Insane asylums in Bengal annual reports 1876-1887 - 1876-1887
Year: 1876
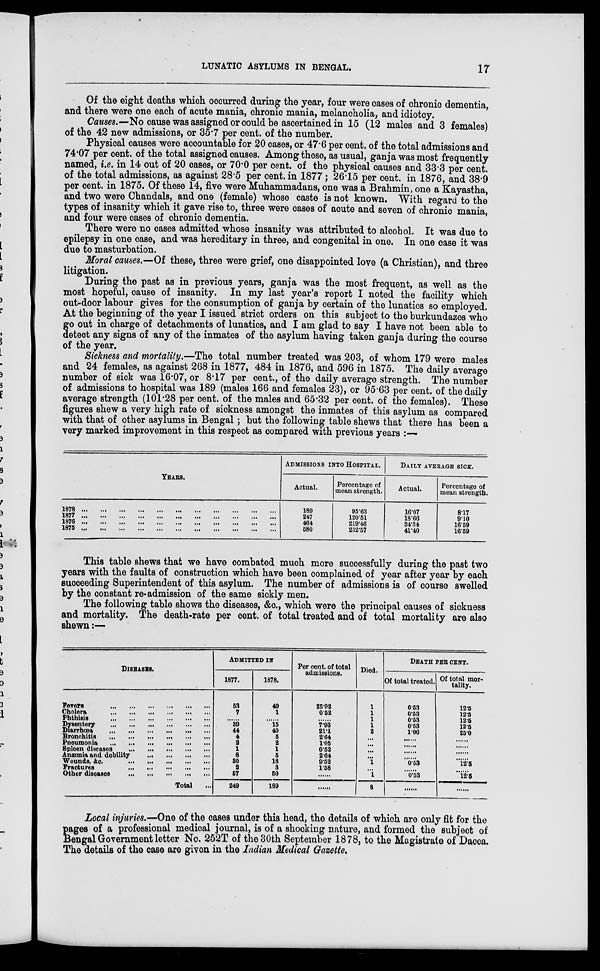
LUNATIC ASYLUMS IN BENGAL.
17
Of the eight deaths which occurred during the year, four were cases of chronic dementia,
and there were one each of acute mania, chronic mania, melancholia, and idiotcy.
Causes.—No cause was assigned or could be ascertained in 15 (12 males and 3 females)
of the 42 new admissions, or 35.7 per cent. of the number.
Physical causes were accountable for 20 cases, or 47.6 per cent. of the total admissions and
74.07 per cent. of the total assigned causes. Among these, as usual, ganja was most frequently
named, i.e. in 14 out of 20 cases, or 70.0 per cent. of the physical causes and 33.3 per cent.
of the total admissions, as against 28.5 per cent. in 1877; 26.15 per cent. in 1876, and 38.9
per cent. in 1875. Of these 14, five were Muhammadans, one was a Brahmin, one a Kayastha,
and two were Chandals, and one (female) whose caste is not known. With regard to the
types of insanity which it gave rise to, three were cases of acute and seven of chronic mania,
and four were cases of chronic dementia.
There were no cases admitted whose insanity was attributed to alcohol. It was due to
epilepsy in one case, and was hereditary in three, and congenital in one. In one case it was
due to masturbation.
Moral causes.—Of these, three were grief, one disappointed love (a Christian), and three
litigation.
During the past as in previous years, ganja was the most frequent, as well as the
most hopeful, cause of insanity. In my last year's report I noted the facility which
out-door labour gives for the consumption of ganja by certain of the lunatics so employed.
At the beginning of the year I issued strict orders on this subject to the burkundazes who
go out in charge of detachments of lunatics, and I am glad to say I have not been able to
detect any signs of any of the inmates of the asylum having taken ganja during the course
of the year.
Sickness and mortality.—The total number treated was 203, of whom 179 were males
and 24 females, as against 268 in 1877, 484 in 1876, and 596 in 1875. The daily average
number of sick was 16.07, or 8.17 per cent., of the daily average strength. The number
of admissions to hospital was 189 (males 166 and females 23), or 95.63 per cent. of the daily
average strength (101.28 per cent. of the males and 65.32 per cent. of the females). These
figures shew a very high rate of sickness amongst the inmates of this asylum as compared
with that of other asylums in Bengal; but the following table shews that there has been a
very marked improvement in this respect as compared with previous years :—
YEARS.
1878
...
...
...
...
...
...
...
...
...
1877
...
...
...
...
...
...
...
...
...
1876
...
...
...
...
...
...
...
...
...
1875
...
...
...
...
...
...
...
...
...
ADMISSIONS INFO HOSPITAL.
Actual.
189
247
464
580
Percentage of
mean strength.
95.63
120.51
219.46
232.57
DAILY AVERAGE SICK.
Actual.
16.07
18.66
34.34
41.40
Percentage of
mean strength.
8.17
9.10
16.59
16.59
This table shews that we have combated much more successfully during the past two
years with the faults of construction which have been complained of year after year by each
succeeding Superintendent of this asylum. The number of admissions is of course swelled
by the constant re-admission of the same sickly men.
The following table shows the diseases, &c., which were the principal causes of sickness
and mortality. The death-rate per cent. of total treated and of total mortality are also
shewn:—
DISEASES.
Fevers ... ... ... ... ... ... ... ... ...
Cholera ... ... ... ... ... ... ... ... ...
Phthisis ... ... ... ... ... ... ... ... ...
Dysentery ... ... ... ... ... ... ... ... ...
Diarrhœa ... ... ... ... ... ... ... ... ...
Bronchitis ... ... ... ... ... ... ... ... ...
Pneumonia ... ... ... ... ... ... ... ...
Spleen diseases ... ... ... ... ... ... ...
Anæmia and debility ... ... ... ... ... ... ...
Wounds, &c. ... ... ... ... ... ...
Fractures ... ... ... ... ... ...
Other diseases ... ... ... ... ... ...
Total ...
ADMITTED IN
1877.
53
7
39
44
4
2
1
8
30
2
57
249
1878.
49
1
......
15
40
5
2
1
5
18
3
50
189
Per cent. of total
admissions.
25.92
0.52
......
7.93
21.1
2.64
1.05
0.52
2.64
9.52
1.58
......
......
Died.
1
1
1
1
2
...
...
...
...
1
...
1
8
DEATH PER CENT.
Of total treated.
0.53
0.53
0.53
0.53
1.06
0.53
......
0.53
......
Of total mor-
tality.
12.5
12.5
12.5
12.5
25.0
......
12.5
......
12.5
......
Local injuries.—One of the cases under this head, the details of which are only fit for the
pages of a professional medical journal, is of a shocking nature, and formed the subject of
Bengal Government letter No. 252T of the 30th September 1878, to the Magistrate of Dacca.
The details of the case are given in the Indian Medical Gazette.